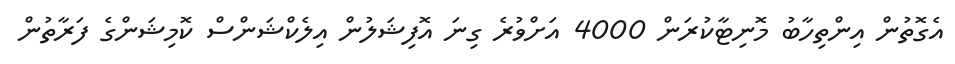
އެގޮތުން އިންތިހާބު މޮނިޓާކުރަން 4000 އަށްވުރެ ގިނަ އޮފިޝަލުން އިލެކްޝަންސް ކޮމިޝަންގެ ފަރާތުން